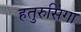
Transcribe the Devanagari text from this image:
हतुरुसिंगा